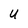
Character: U